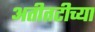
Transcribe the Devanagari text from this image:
अतीतटीच्या